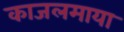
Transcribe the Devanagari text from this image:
काजलमाया